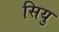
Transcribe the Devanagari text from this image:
सियु